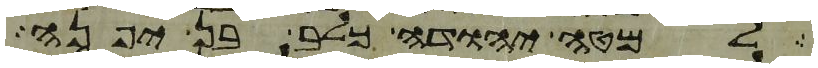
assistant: למטה יהודה כלב בן יפנה